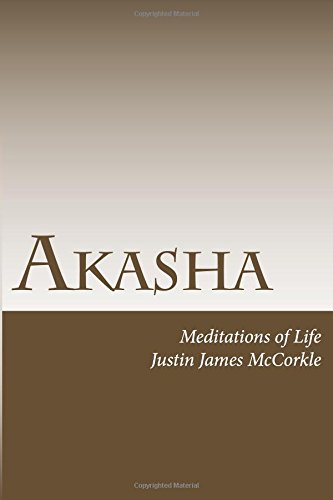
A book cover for Akasha: Meditations of Life; Justin James McCorkle; Religion & Spirituality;